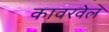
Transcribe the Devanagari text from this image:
कावरवेल